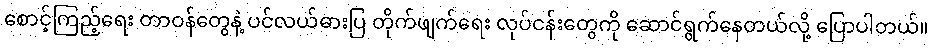
စောင့်ကြည့်ရေး တာဝန်တွေနဲ့ ပင်လယ်ဓားပြ တိုက်ဖျက်ရေး လုပ်ငန်းတွေကို ဆောင်ရွက်နေတယ်လို့ ပြောပါတယ်။